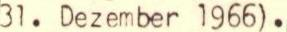
31. Dezember 1966).